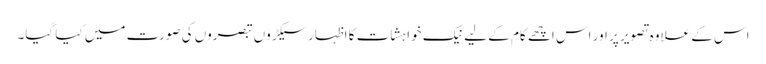
اس کے علاوہ تصویر پر اور اس اچھے کام کے لیے نیک خواہشات کا اظہار سیکڑوں تبصروں کی صورت میں کیا گیا۔